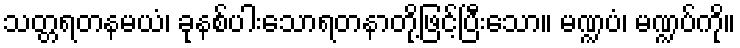
သတ္တရတနမယံ၊ ခုနစ်ပါးသောရတနာတို့ဖြင့်ပြီးသော။ မဏ္ဍပံ၊ မဏ္ဍပ်ကို။